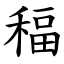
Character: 稫